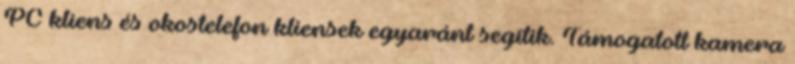
PC kliens és okostelefon kliensek egyaránt segítik. Támogatott kamera